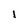
Character: l